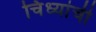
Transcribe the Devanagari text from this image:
चिंध्यांची